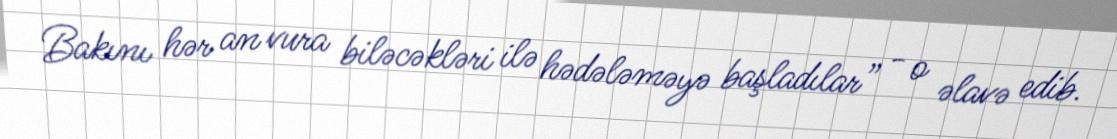
Bakını hər an vura biləcəkləri ilə hədələməyə başladılar” - o əlavə edib.